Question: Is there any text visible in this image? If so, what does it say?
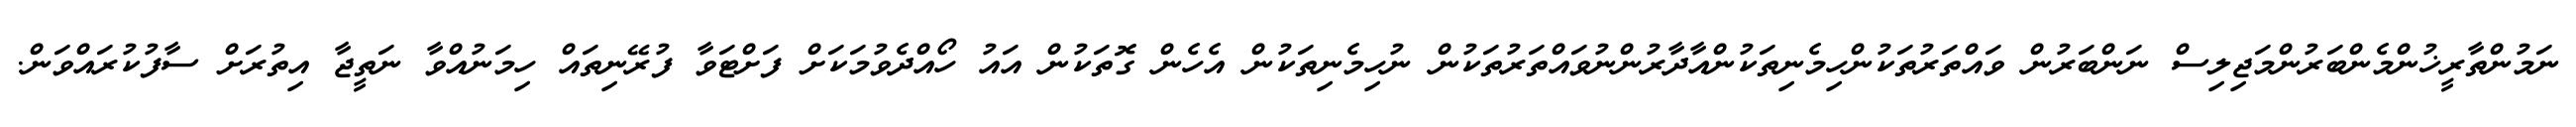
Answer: ނަމުންތާރީޚުންމެންބަރުންމަޖިލިސް ނަންބަރުން ވައްތަރުތަކުންހިމެނިތަކުންއާދާރުންނުވައްތަރުތަކުން ނުހިމެނިތަކުން އެހެން ގޮތަކުން އައު ހޯއްދެވުމަކަށް ފަށްޓަވާ ފުރޭނިތައް ހިމަނުއްވާ ނަތީޖާ އިތުރަށް ސާފުކުރައްވަން.